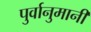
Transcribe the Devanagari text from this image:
पुर्वानुमानी